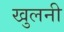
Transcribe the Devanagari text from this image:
खुलनी